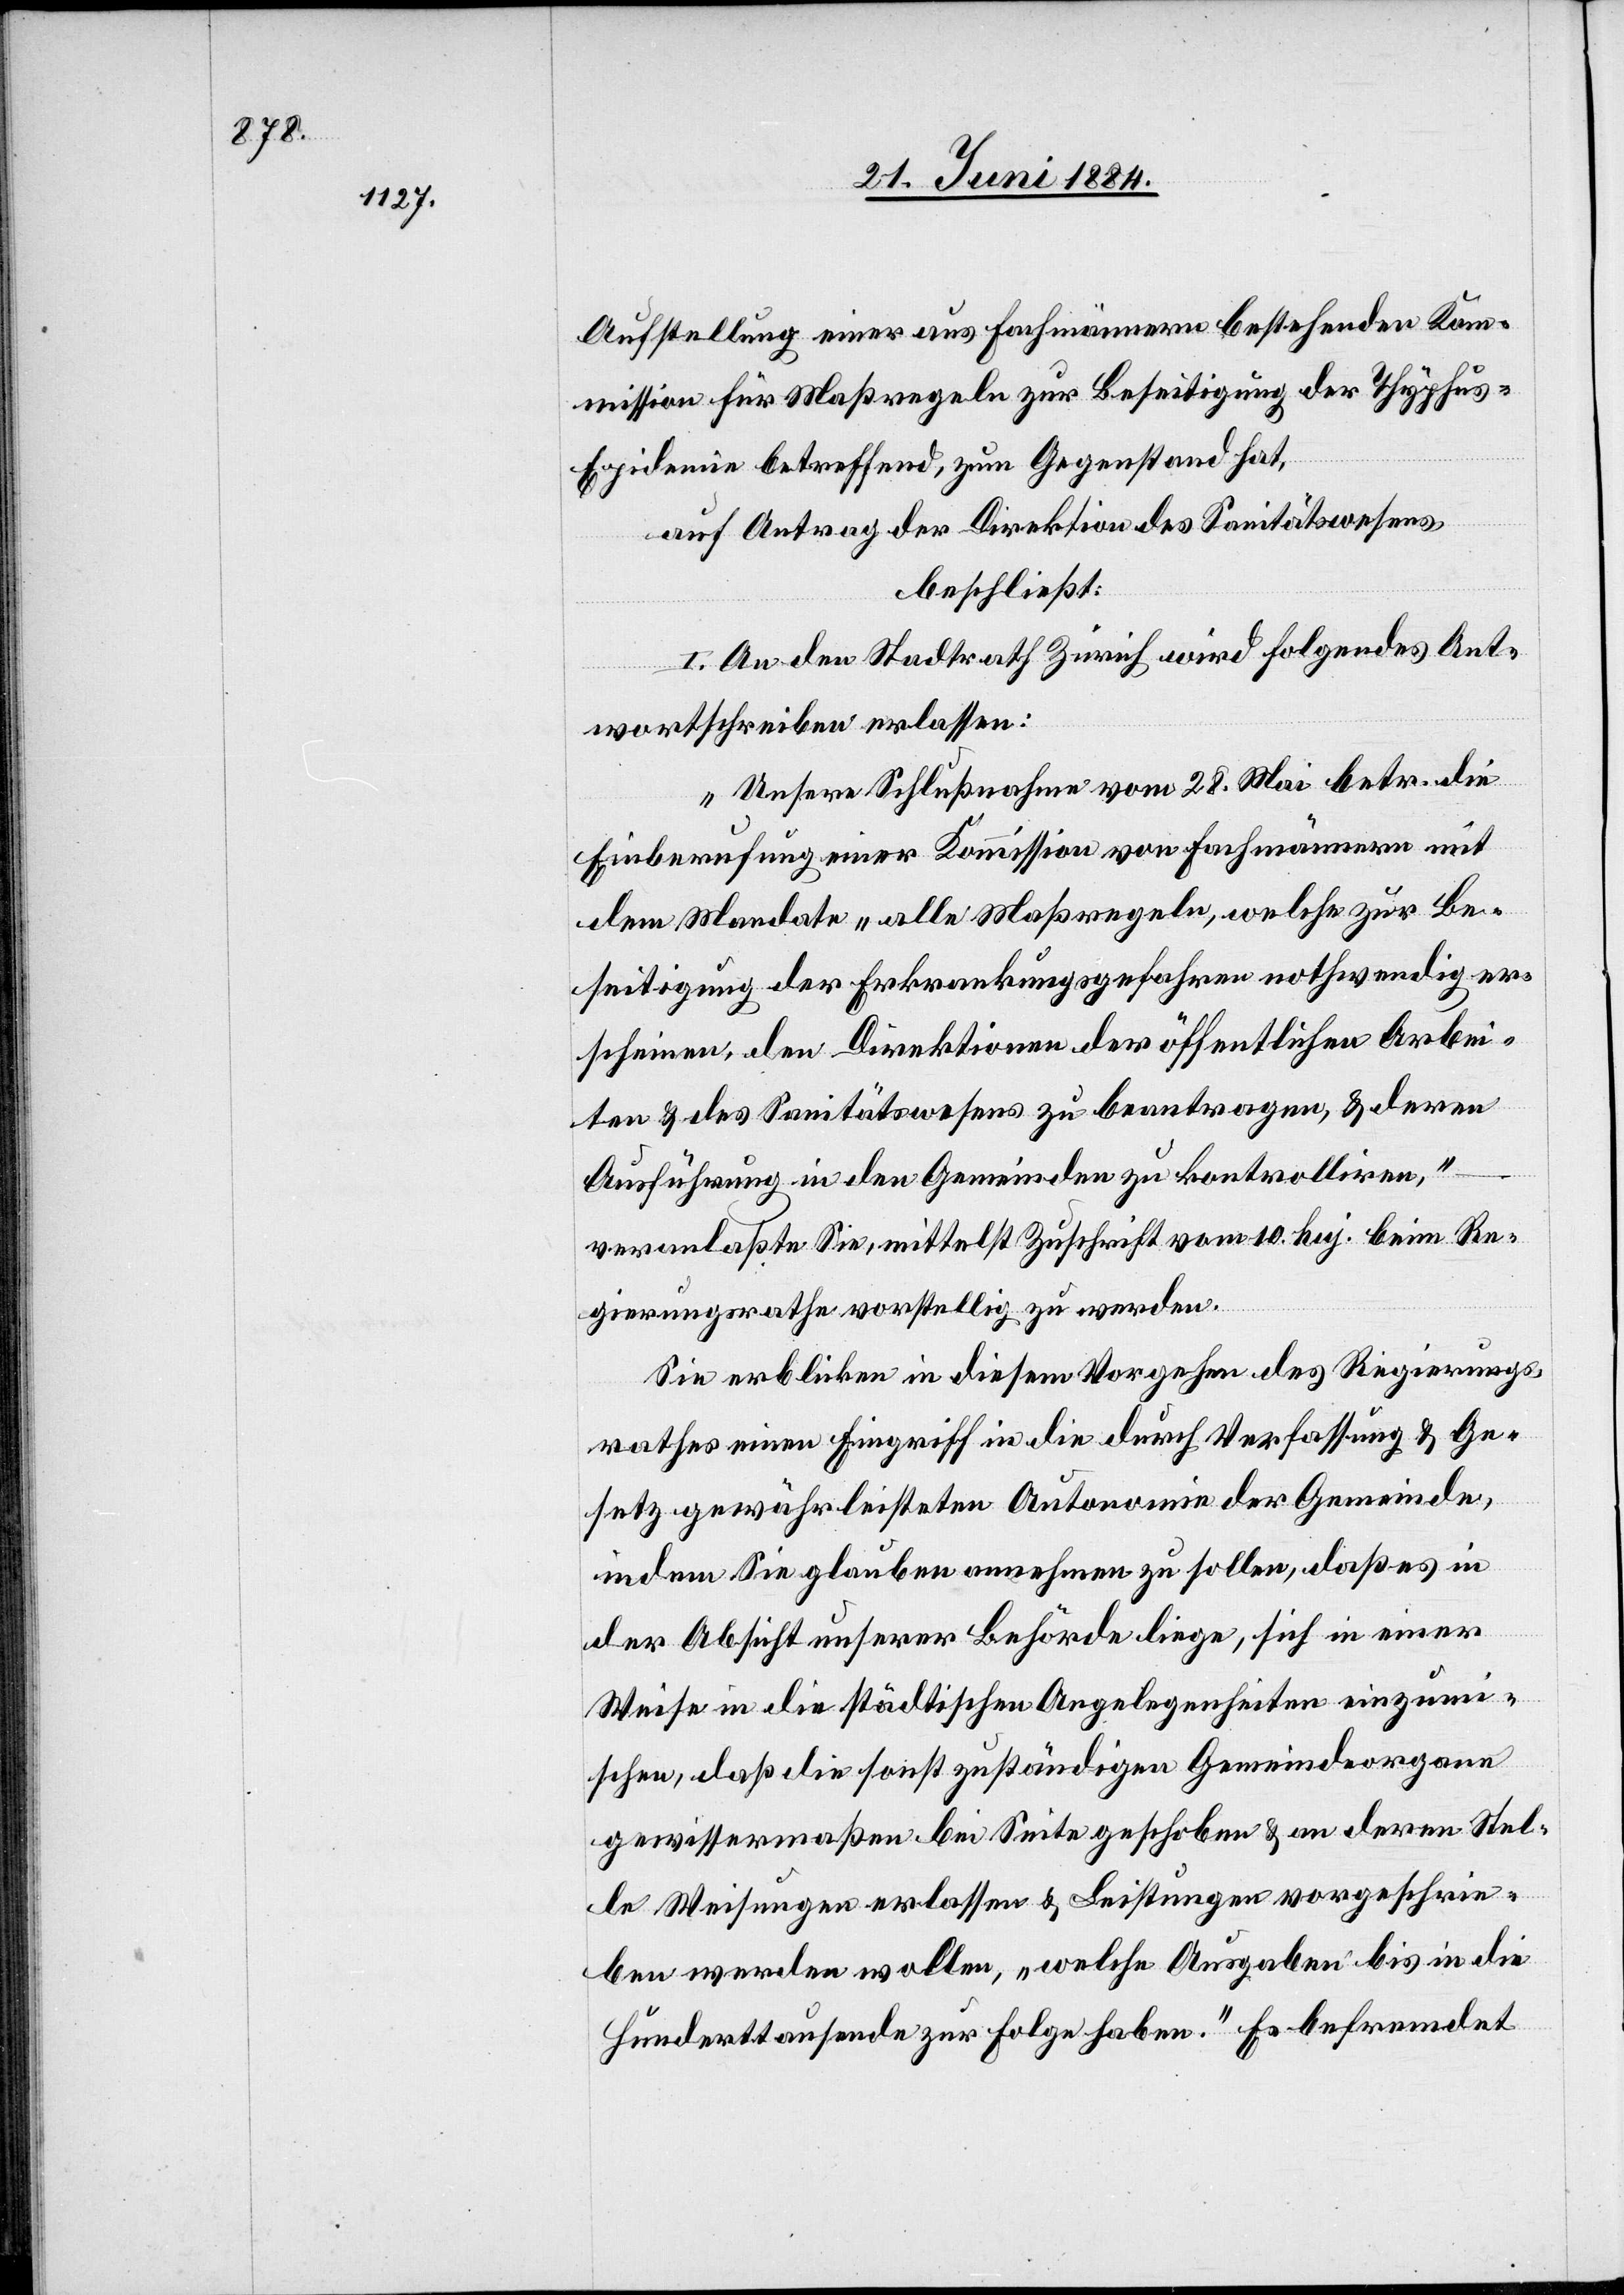
Aufstellung einer aus Fachmännern bestehenden Kom¬
mission für Maßregeln zur Beseitigung der Typhu¬
s-Epidemie betreffen, zum Gegenstand hat,
auf Antrag der Direktion des Sanitätswesens,
beschließt:
I. An den Stadtrath Zürich wird folgendes Ant¬
wortschreiben erlassen:
„Unsere Schlußnahme vom 28. Mai betr. die
Einberufung einer Kommission von Fachmännern mit
dem Mandate „alle Maßregeln, welche zur Be¬
seitigung der Erkrankungsgefahren nothwendig er¬
scheinen, den Direktionen der öffentlichen Arbei¬
ten & des Sanitätswesens zu beantragen, & deren
Ausführung in den Gemeinden zu kontrolliren,“
veranlaßte Sie, mittelst Zuschrift vom 10. huj. beim Re¬
gierungsrathe vorstellig zu werden.
Sie erblicken in diesem Vorgehen des Regierungs¬
rathes einen Eingriff in die durch Verfassung & Ge¬
setz gewährleisteten Autonomie der Gemeinde,
indem Sie glauben annehmen zu sollen, daß es in
der Absicht unserer Behörde liege, sich in einer
Weise in die städtischen Angelegenheiten einzumi¬
schen, daß die sonst zuständigen Gemeindeorgane
gewissermaßen bei Seite geschoben & an deren Stel¬
le Weisungen erlassen & Leistungen vorgeschrie¬
ben werden wollen, „welche Ausgaben bis in die
Hunderttausende zu Folge haben.“ Es befremdet